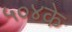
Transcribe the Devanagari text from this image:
५०४के